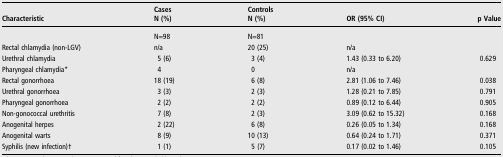
<table><thead><tr><td><b>Characteristic</b></td><td><b>CasesN (%)</b></td><td><b>ControlsN (%)</b></td><td><b>OR (95% CI)</b></td><td><b>p Value</b></td></tr></thead><tbody><tr><td><b> </b></td><td>N=98</td><td>N=81</td><td> </td><td> </td></tr><tr><td>Rectal chlamydia (non-LGV)</td><td>n/a</td><td>20 (25)</td><td>n/a</td><td> </td></tr><tr><td>Urethral chlamydia</td><td>5 (6)</td><td>3 (4)</td><td>1.43 (0.33 to 6.20)</td><td>0.629</td></tr><tr><td>Pharyngeal chlamydia*</td><td>4</td><td>0</td><td>n/a</td><td> </td></tr><tr><td>Rectal gonorrhoea</td><td>18 (19)</td><td>6 (8)</td><td>2.81 (1.06 to 7.46)</td><td>0.038</td></tr><tr><td>Urethral gonorrhoea</td><td>3 (3)</td><td>2 (3)</td><td>1.28 (0.21 to 7.85)</td><td> 0.791</td></tr><tr><td>Pharyngeal gonorrhoea</td><td>2 (2)</td><td>2 (2)</td><td>0.89 (0.12 to 6.44)</td><td>0.905</td></tr><tr><td>Non-gonococcal urethritis</td><td>7 (8)</td><td>2 (3)</td><td>3.09 (0.62 to 15.32)</td><td>0.168</td></tr><tr><td>Anogenital herpes</td><td>2 (22)</td><td>6 (8)</td><td>0.26 (0.05 to 1.34)</td><td>0.168</td></tr><tr><td>Anogenital warts</td><td>8 (9)</td><td>10 (13)</td><td>0.64 (0.24 to 1.71)</td><td>0.371</td></tr><tr><td>Syphilis (new infection)†</td><td>1 (1)</td><td>5 (7)</td><td>0.17 (0.02 to 1.46)</td><td>0.105</td></tr></tbody></table>